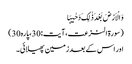
وَ الْاَرْضَ بَعْدَ ذٰلِکَ دَحٰیہَا
(سورۃ النزعت،آیت:30،پارہ30)
اور اس کے بعدزمین پھیلائی۔